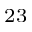
^ { 2 3 }